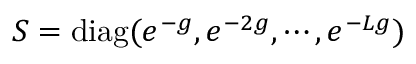
S = \mathrm { d i a g } ( e ^ { - g } , e ^ { - 2 g } , \cdots , e ^ { - L g } )